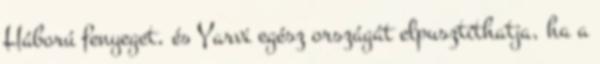
Háború fenyeget, és Yarvi egész országát elpusztíthatja, ha a